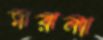
মরনা